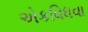
એકવિધવા